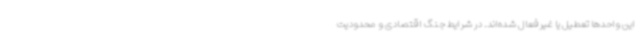
این واحدها تعطیل یا غیرفعال شده‌اند. در شرایط جنگ اقتصادی و محدودیت